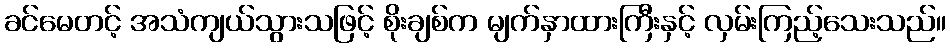
ခင်မေတင့် အသံကျယ်သွားသဖြင့် စိုးချစ်က မျက်နှာထားကြီးနှင့် လှမ်းကြည့်သေးသည်။